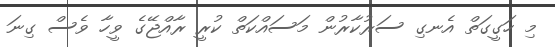
މި ހަގީގަތް އެނގި ސަރުކާރުން މަސައްކަތް ކުރީ ރާއްޖޭގެ ވީހާ ވެސް ގިނަ